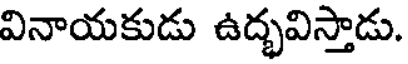
వినాయకుడు ఉద్భవిస్తాడు.